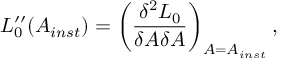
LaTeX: { \cal L } _ { 0 } ^ { \prime \prime } ( A _ { i n s t } ) = \left( \frac { \delta ^ { 2 } { \cal L } _ { 0 } } { \delta A \delta A } \right) _ { A = A _ { i n s t } } ,